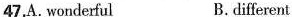
47.A. wonderful B.different